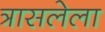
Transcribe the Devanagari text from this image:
त्रासलेला